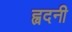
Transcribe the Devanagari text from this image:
ह्वदनी